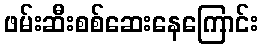
ဖမ်းဆီးစစ်ဆေးနေကြောင်း